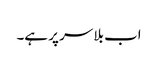
اب بلا سر پر ہے۔